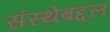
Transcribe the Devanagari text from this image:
संस्थेबद्दल